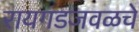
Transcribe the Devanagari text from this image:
रायगडजवळचे